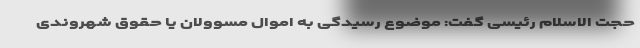
حجت الاسلام رئیسی گفت: موضوع رسیدگی به اموال مسوولان یا حقوق شهروندی